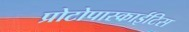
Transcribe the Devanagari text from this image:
प्रोटोपास्काईटिस